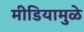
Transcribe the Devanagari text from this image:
मीडियामुळे